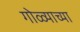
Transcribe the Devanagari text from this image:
गोळ्याच्या